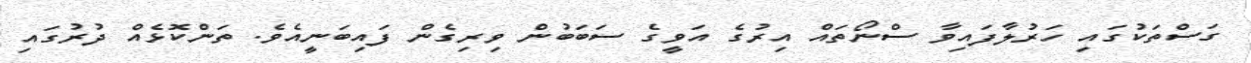
ގަސްތަކުގައި ހަރުލާފައިވާ ސްނޯތައް އިރުގެ އަވީގެ ސަބަބުން ވިރިގެން ފައިބަނީއެވެ. ތަންކޮޅެއް ދުރުގައި